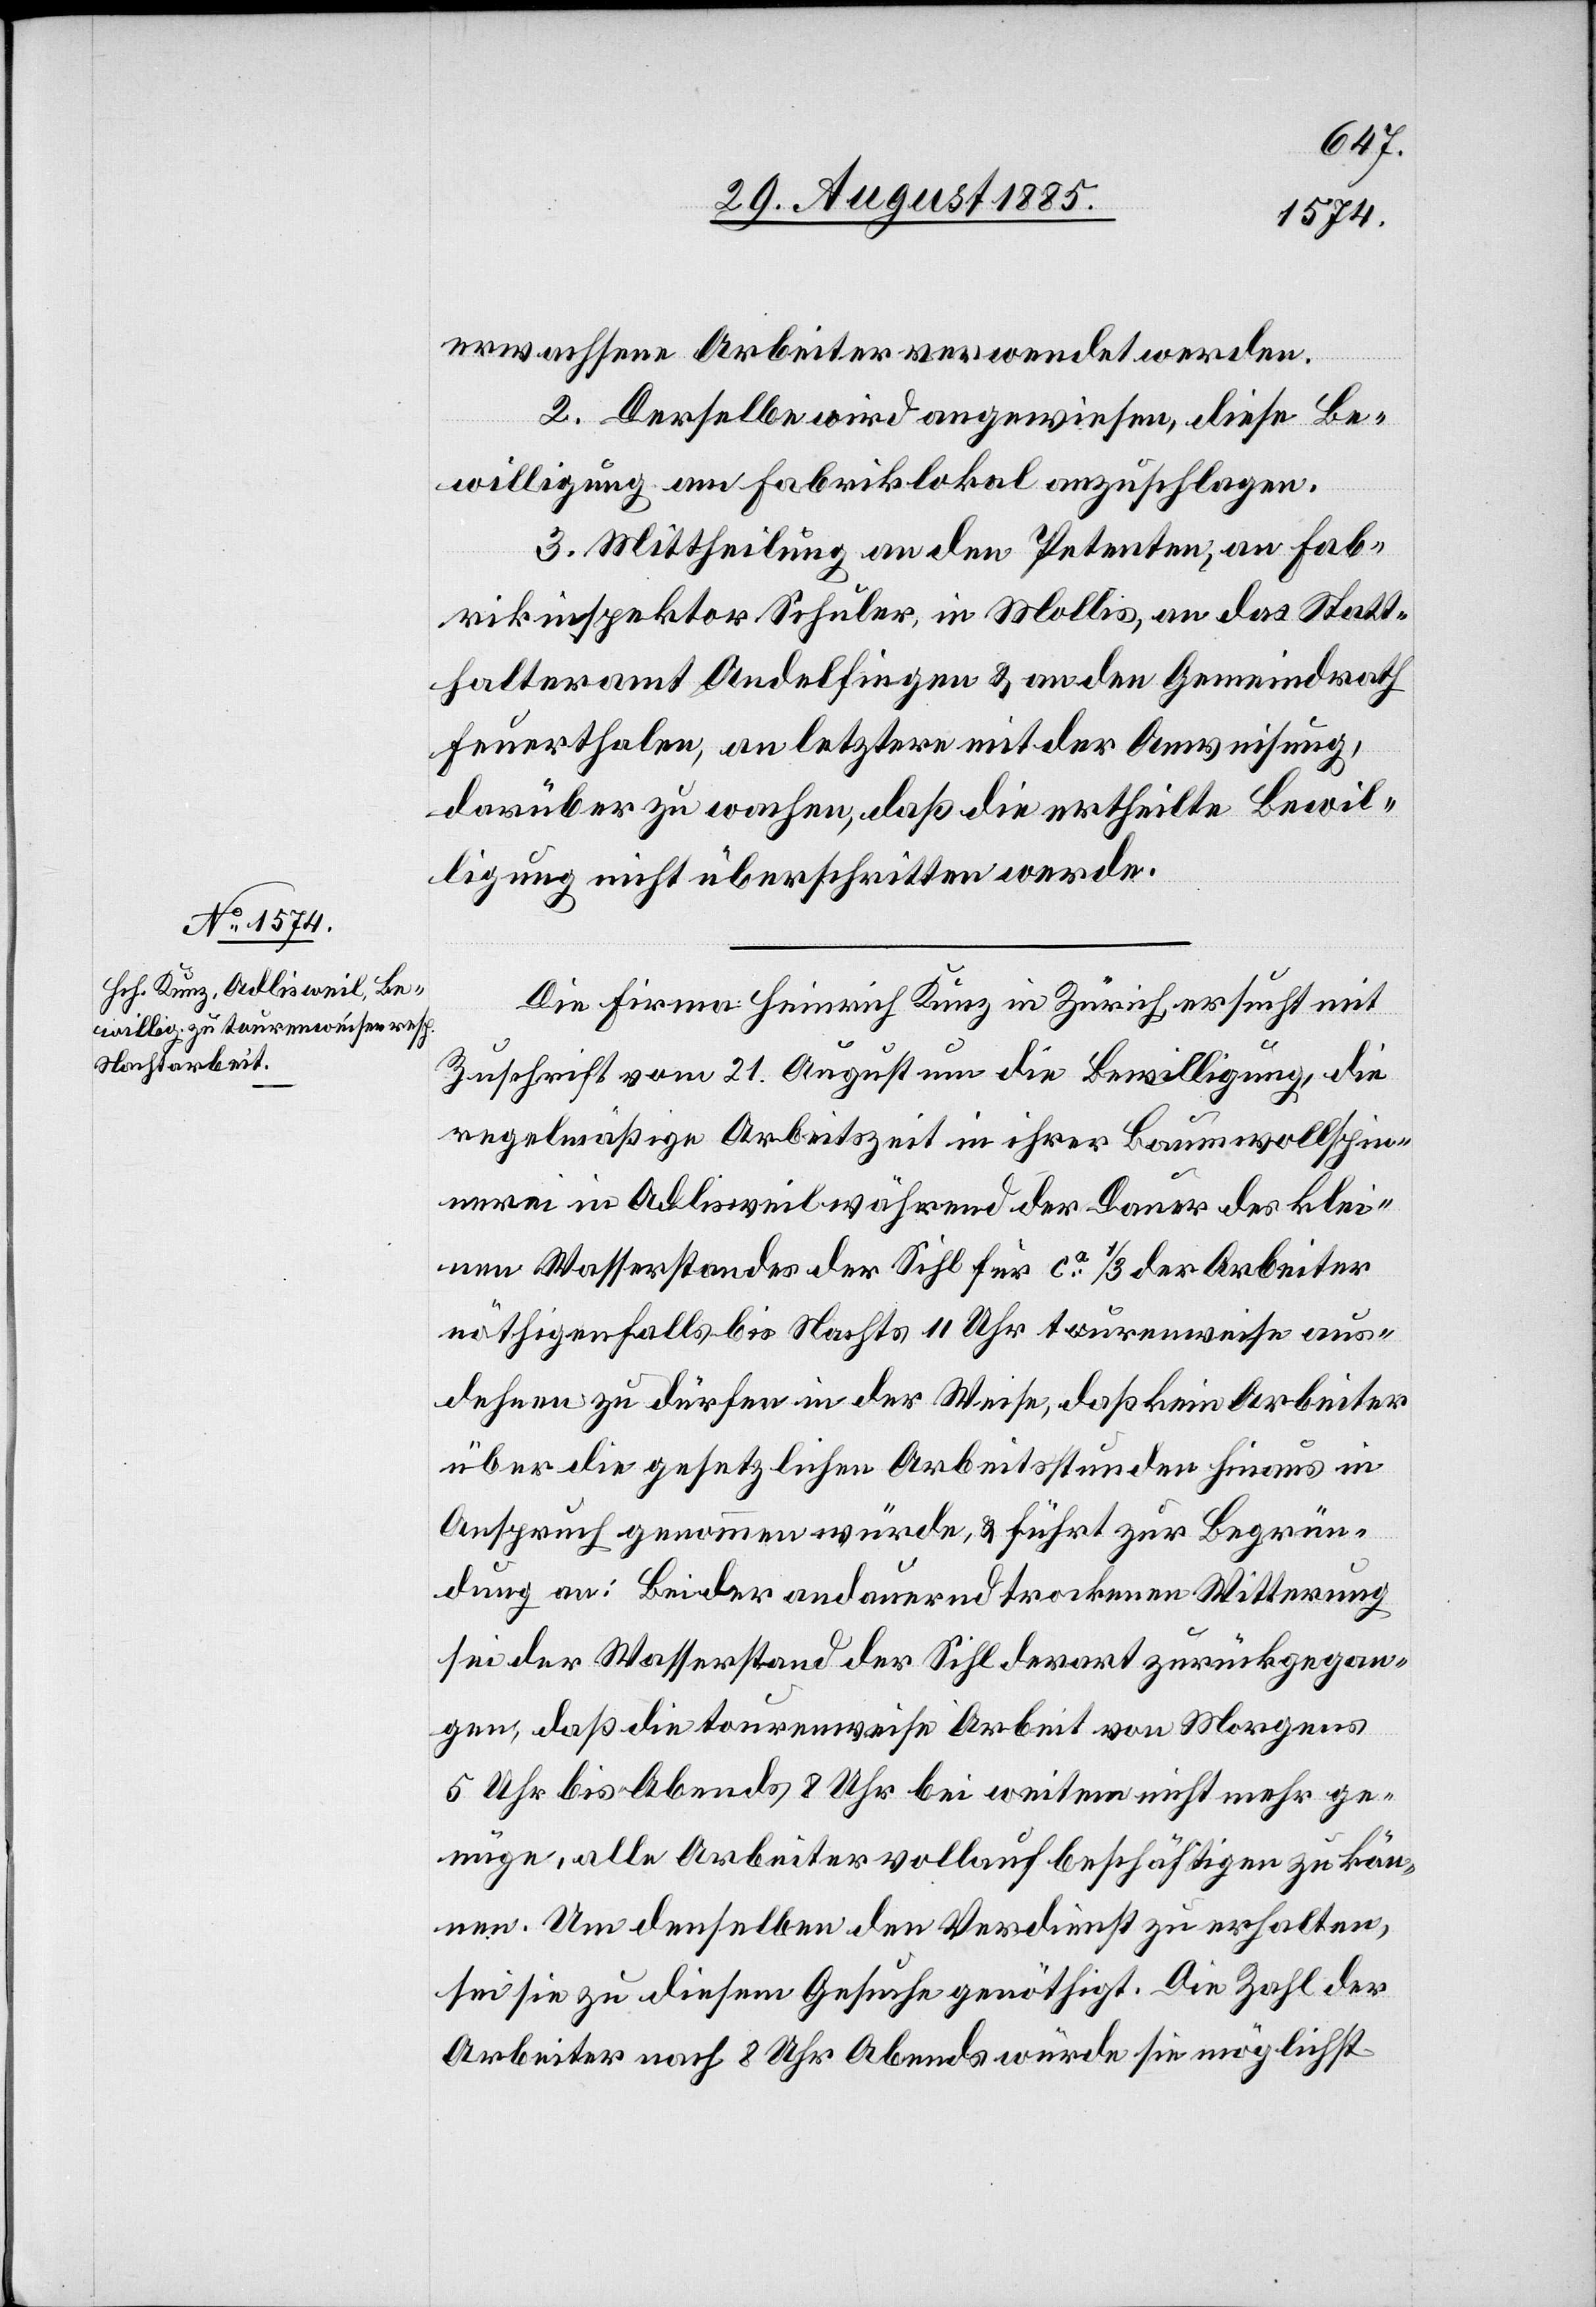
erwachsene Arbeiter verwendet werden.
2. Derselbe wird angewiesen, diese Be¬
willigung am Fabriklokal anzuschlagen.
3. Mittheilung an den Petenten, an Fab¬
rikinspektor Schuler, in Mollis, an das Statt¬
halteramt Andelfingen & an den Gemeindrath
Feuerthalen, an letztern mit der Anweisung,
darüber zu wachen, daß die ertheilte Bewil¬
ligung nicht überschritten werde.
Die Firma Heinrich Kunz in Zürich, ersucht mit
Zuschrift vom 21. August um die Bewilligung, die
regelmäßige Arbeitszeit in ihrer Baumwollspin¬
nerei in Adlisweil während der Dauer des klei¬
nen Wasserstandes der Sihl für ca 1/3 der Arbeiter
nöthigenfalls bis Nachts 11 Uhr tourenweise aus¬
dehnen zu dürfen in der Weise, daß kein Arbeiter
über die gesetzlichen Arbeitsstunden hinaus in
Anspruch genommen würde, & führt zur Begrün¬
dung an: Bei der andauernd trockenen Witterung
sei der Wasserstand der Sihl derart zurückgegan¬
gen, daß die tourenweise Arbeit von Morgens
5 Uhr bis Abends 8 Uhr bei weitem nicht mehr ge¬
nüge, alle Arbeiter vollauf beschäftigen zu kön¬
nen. Um denselben den Verdienst zu erhalten,
sei sie zu diesem Gesuche genöthigt. Die Zahl der
Arbeiter nach 8 Uhr Abends würde sie möglichst